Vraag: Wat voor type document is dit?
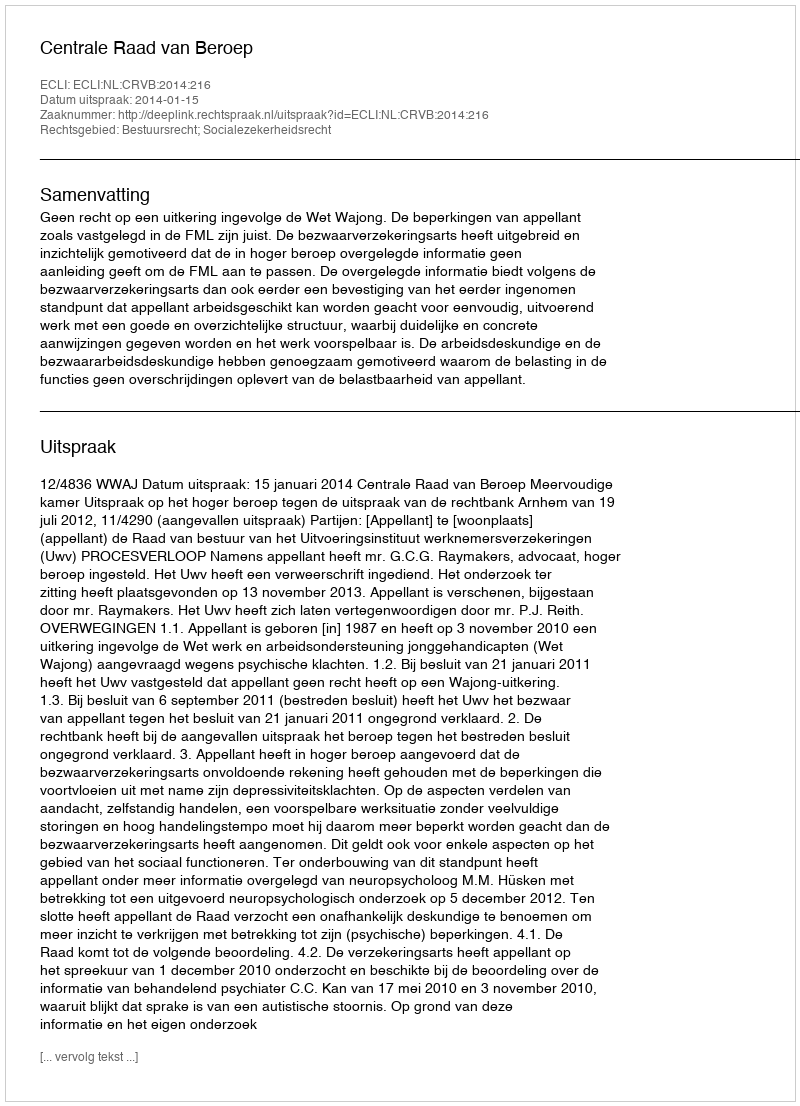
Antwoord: Uitspraak